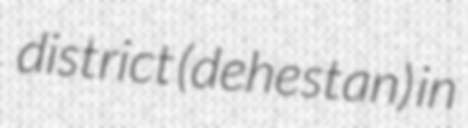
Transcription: district (dehestan) in